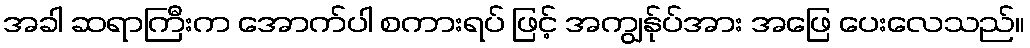
အခါ ဆရာကြီးက အောက်ပါ စကားရပ် ဖြင့် အကျွန်ုပ်အား အဖြေ ပေးလေသည်။